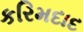
કરિમદાદ